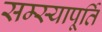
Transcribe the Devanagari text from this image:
सम्स्यापूर्ति